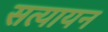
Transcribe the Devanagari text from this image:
सत्यायन